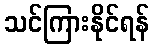
သင်ကြားနိုင်ရန်